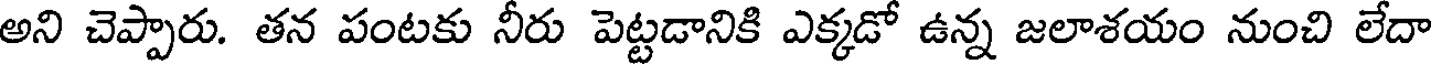
అని చెప్పారు. తన పంటకు నీరు పెట్టడానికి ఎక్కడో ఉన్న జలాశయం నుంచి లేదా